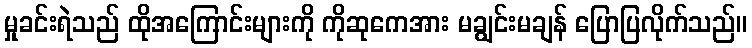
မှုခင်းရဲသည် ထိုအကြောင်းများကို ကိုဆုကေအား မချွင်းမချန် ပြောပြလိုက်သည်။